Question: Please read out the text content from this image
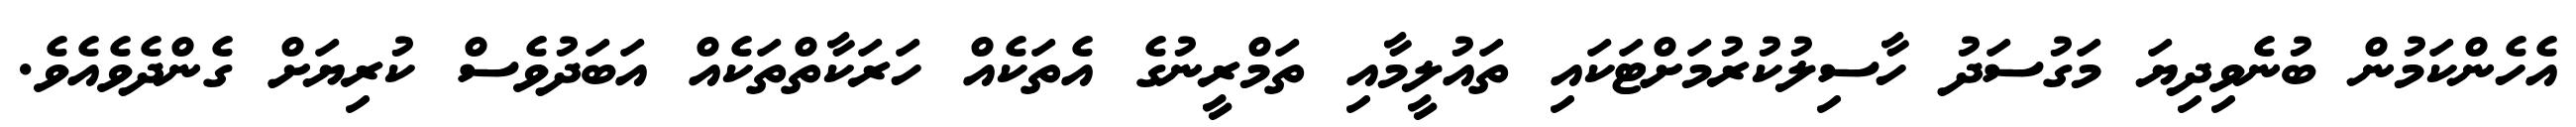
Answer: އެހެންކަމުން ބުނެވިދިޔަ މަގުސަދު ހާސިލުކުރުމަށްޓަކައި ތައުލީމާއި ތަމްރީނުގެ އެތަކެއް ހަރަކާތްތަކެއް އަބަދުވެސް ކުރިޔަށް ގެންދެވެއެވެ.